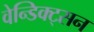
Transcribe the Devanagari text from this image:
वेन्डिक्ट्सन